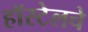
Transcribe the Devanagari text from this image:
हॉस्टेलचे